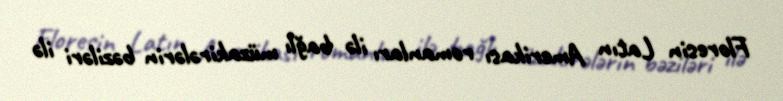
Floresin Latın Amerikası romanları ilə bağlı müzakirələrin bəziləri ilə